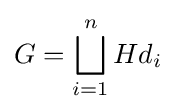
G=\bigsqcup _{i=1}^{n}Hd_{i}